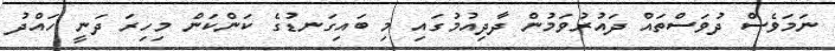
ނަމަވެސް ދުވަސްތައް ދައުރުވަމުން ދާދިއުމުގައި މި ބައިގަނޑުގެ ކަންކަން މިހިރަ ދަނީ ހައްދު